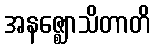
အနဇ္ဈောသိတာတိ